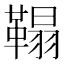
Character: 𩌇